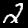
Label: 2